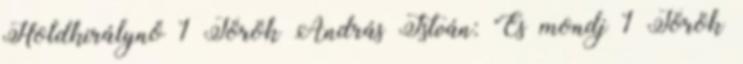
Holdkirálynő 1 Török András István: "És mondj 1 Török